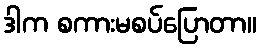
ဒါက စကားမစပ်ပြောတာ။